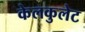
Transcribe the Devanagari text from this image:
केलकुलेट